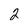
Character: 2